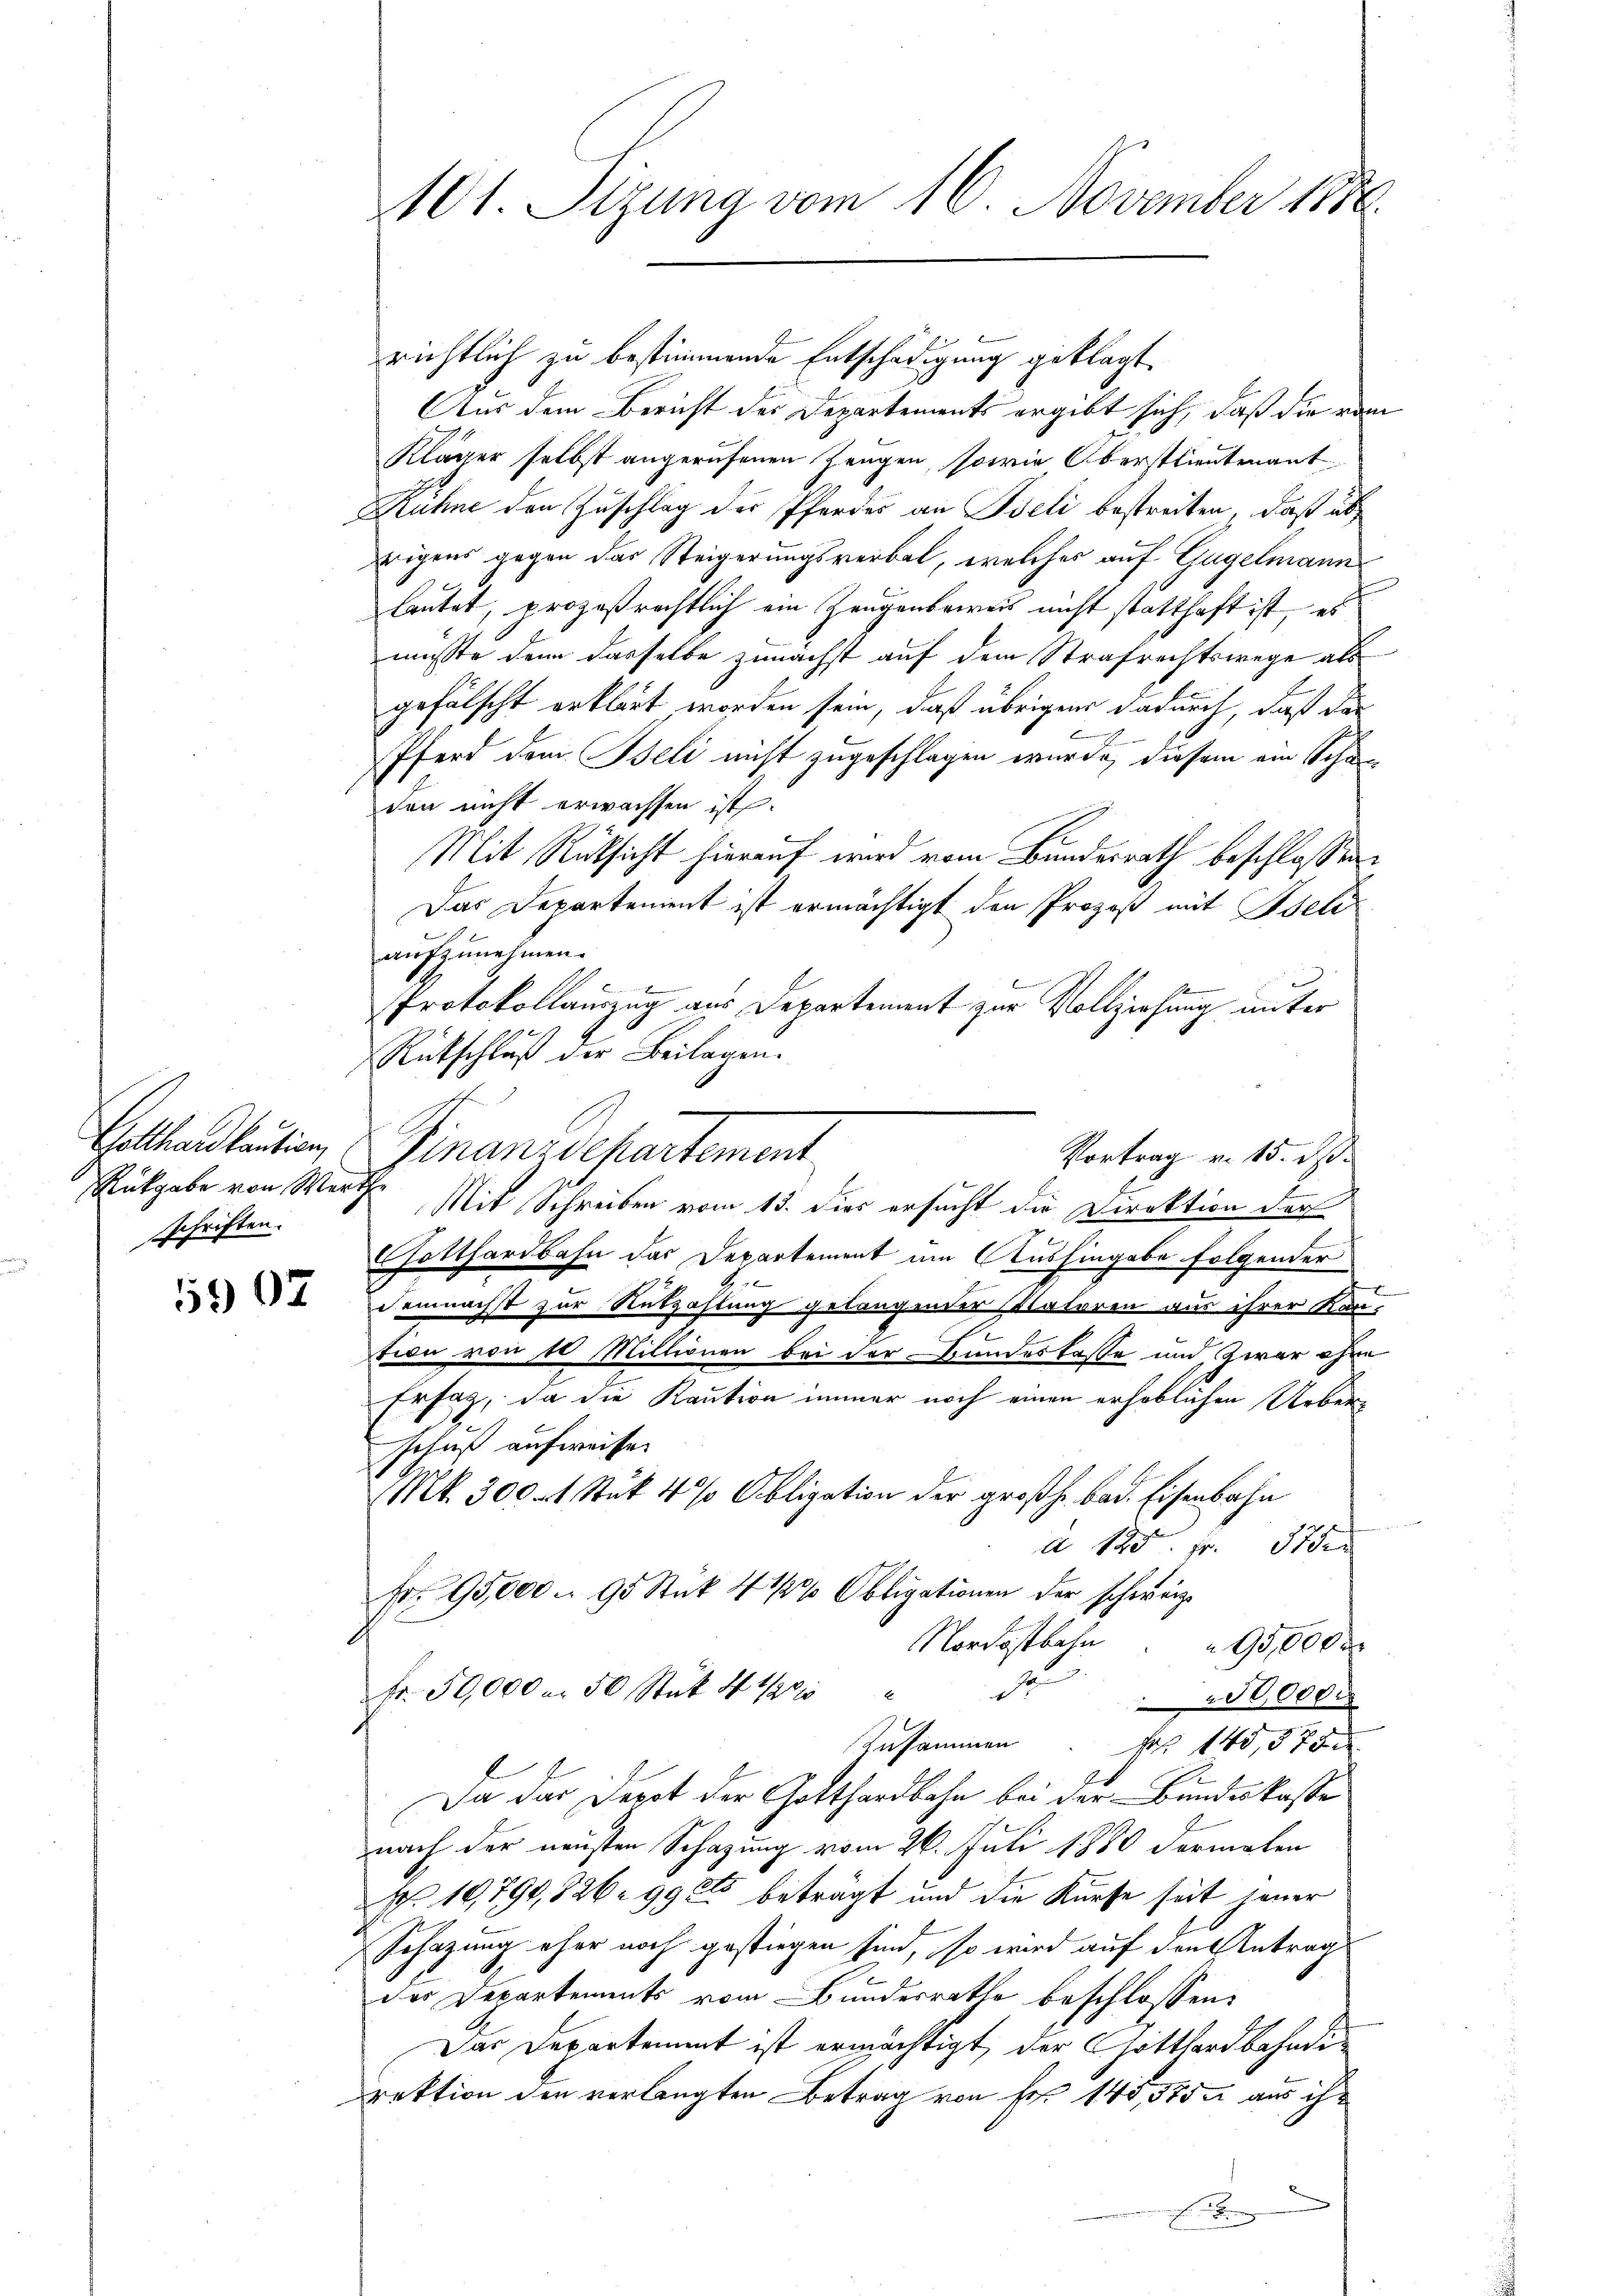
Rückgabe von Werthe
schriften.

1907

richtlich zu bestimmende Entschädigung geklagt
Aus dem Bericht der Departements ergibt sich, daß die vom
Kläger selbst angerufenen Zeugen, sowie Oberstlieutenant
Ruhne den Zuschlag der Pferdes an Iseli bestreiten, daß abrigens gegen das Steigerungsverbal, welches auf Gugelmann
lautet, prozeßrechtlich ein Zeugenbeweis nicht statthaft ist, es
müsste denn dasselbe zunächst auf dem Strafrechtswege als
gefälscht erklärt worden sein, daß übrigen dadurch, daß das
e
n
Pferd dem Beli nicht zugeschlagen wurde, diesem am Schu
den nicht erwachsen ist.
Mit Rüksicht hierauf wird vom Bundesrath beschlossen:
Das Departement ist ermächtigt den Prozeß mit Iseli
aufzunehmen.

Protokollauszug aus Departement zur Vollziehung unter
Rütschluß der Beilagen.
Galtrandleuten Finanzdepartement
Vortrag v. 15. ds.
Mit Schreiben vom 13. Dies ersucht die Direktion der
Gotthardbahn das Departement um Aushingabe folgender
x
demnächst zur Nutzahlung gelangender Natoren aus ihrer Kan-
tion von 10 Millionen bei der Bundeskasse und zwar ohne
Ersatz, da die Kaution immer noch einen erhöblichen Ueberschuß aufweisen
Mt. 300 - 1 Stuk 4 % Obligation der großh. bad. Eisenbahn
a 125. Fr. 37
Fr. 95,000 u. 95 Stük 4 1/2% Obligationen der schweiz.
Nordostbahn 95,000 r
de
Fr. 50,000 m 50 Stük 4 1/20
50,000
Zusammen Fr. 145, 57 x
Da das Depot der Gotthardbahn bei der Bundeskasse
nach der neusten Schazung vom 26. Juli 1880 dermalen
Nr. 10,790,826. 99 25 beträgt und die Kurse seit jener
Schazung eher noch gestiegen sind, so wird auf den Antrag
des Departements vom Bunderrathe beschlossen:
Das Departement ist ermächtigt, der Gotthardbahndirektion den verlangten Betrag von Fr. 140,5752 aus ih¬

A01. Sizung vom 16. November 1886